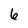
Character: 6